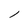
Character: l